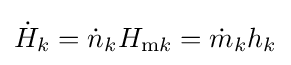
{\dot {H}}_{k}={\dot {n}}_{k}H_{{\text{m}}k}={\dot {m}}_{k}h_{k}